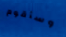
وسأقوم